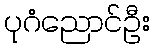
ပုဂံညောင်ဦး